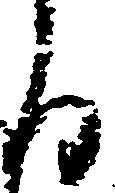
る